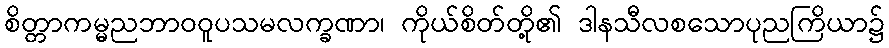
စိတ္တာကမ္မညဘာဝဝူပသမလက္ခဏာ၊ ကိုယ်စိတ်တို့၏ ဒါနသီလစသောပုညကြိယာ၌